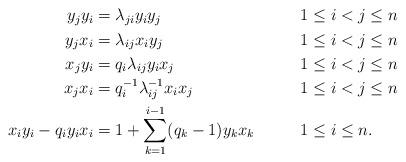
LaTeX: \begin{align*}\begin{aligned}y_jy_i&={\lambda}_{ji}y_iy_j&& 1\leq i<j\leq n\\y_jx_i&={\lambda}_{ij}x_iy_j&&1\leq i<j\leq n\\x_jy_i&={q}_i{\lambda}_{ij}y_ix_j&&1\leq i<j\leq n\\x_jx_i&={q}_{i}^{-1}{\lambda}_{ij}^{-1}x_ix_j&&1\leq i<j\leq n\\x_iy_i-{q}_iy_ix_i&=1+\sum_{k=1}^{i-1}(q_k-1)y_kx_k&\qquad& 1\leq i\leq n.\end{aligned}\end{align*}